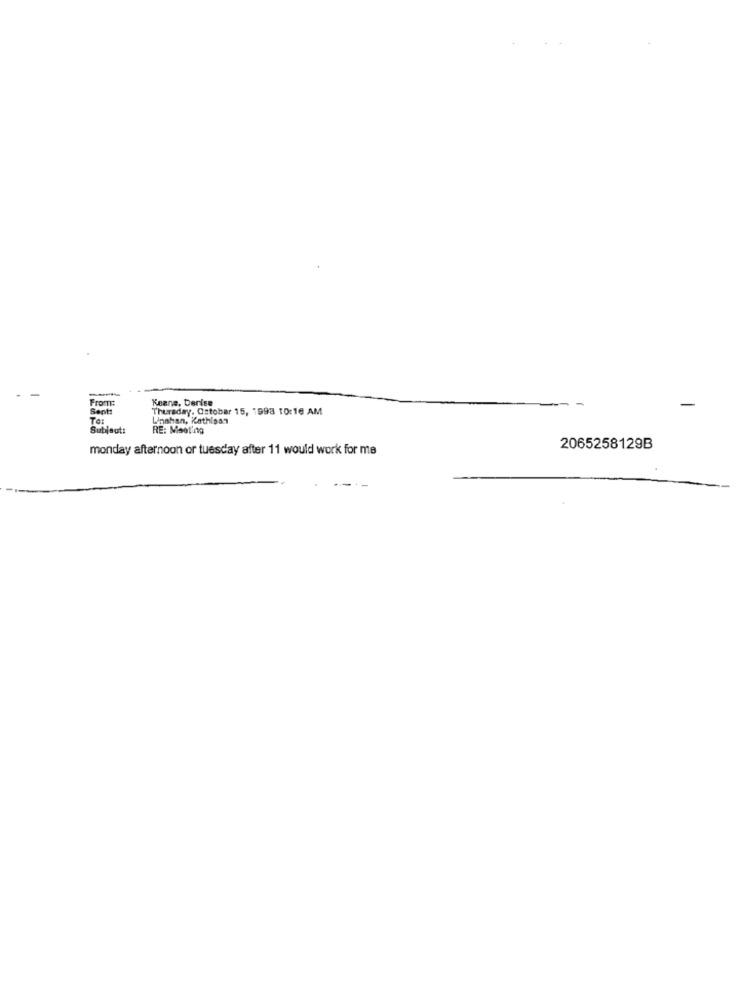
Keane, Derise
Sent:
Thursday, Ostobar 15, 1998 10:16 AM
-
Linahan, Kathipan
Subject:
RE: Meeting
monday afternoon or tuesday after 11 would work for me
2065258129B